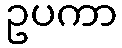
ဥပကာ